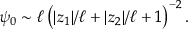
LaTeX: \psi _ { 0 } \sim \ell \, \big ( | z _ { 1 } | / \ell + | z _ { 2 } | / \ell + 1 \big ) ^ { - 2 } \, .